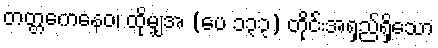
တတ္တကေနေဝ၊ ထိုမျှအ (ပေ ၁၃၃) တိုင်းအရှည်ရှိသော